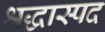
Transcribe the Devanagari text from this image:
श्रद्धास्पद